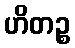
ဟိတဉ္စ